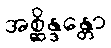
အစ္ဆိန္ဒန္တော